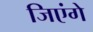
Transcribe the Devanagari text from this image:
जिएंगे